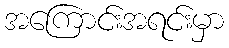
အကြောင်းအရင်းမှာ